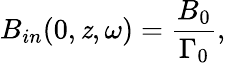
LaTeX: B_{in}(0,\mathit{z},\omega)=\frac{{B_{0}}}{{\Gamma_{0}}},